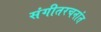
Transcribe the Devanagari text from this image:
संगीतरचनांत